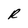
Character: R